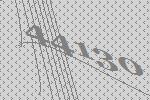
44130